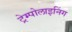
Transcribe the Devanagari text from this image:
ट्रेम्पोलाइनिंग